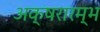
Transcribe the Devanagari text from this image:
अक्षरारम्भ